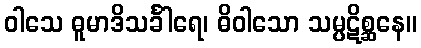
ဝါသေ ဓူမာဒိသင်္ခါရေ၊ ဓိဝါသော သမ္ပဋိစ္ဆနေ။